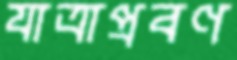
যাত্রাপ্রবণ